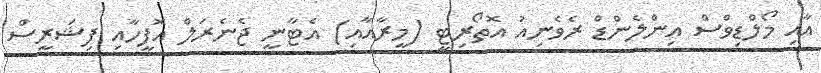
އާއި މޯލްޑިވްސް އިންލެންޑް ރެވެނިއު އޮތޯރިޓީ (މީރާއާއި) އެޓާނީ ޖެނެރަލް އޮފީހާއި ފިޝަރީސް